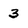
Character: 3